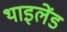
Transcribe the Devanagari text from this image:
थाइलेंड